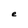
Character: e